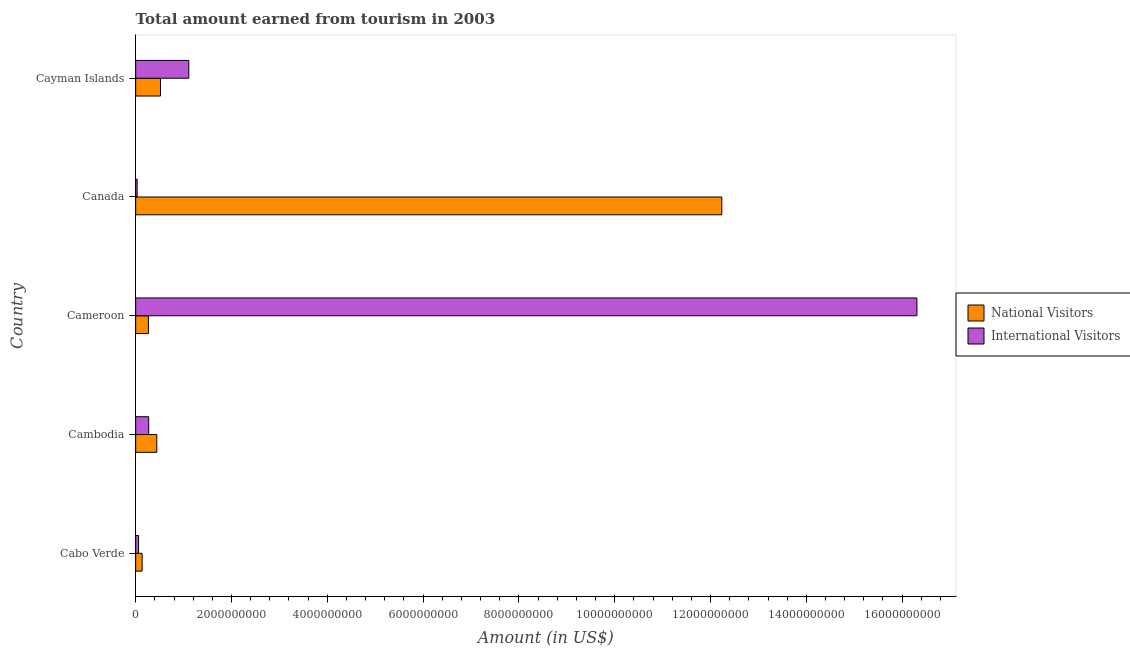
| Country | National Visitors | International Visitors |
 | --- | --- | --- |
 | Cabo Verde | 1.35e+08 | 6e+07 |
 | Cambodia | 4.41e+08 | 2.72e+08 |
 | Cameroon | 2.66e+08 | 1.63e+10 |
 | Canada | 1.22e+10 | 3.1e+07 |
 | Cayman Islands | 5.18e+08 | 1.11e+09 |